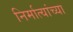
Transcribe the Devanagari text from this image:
निर्मात्यांच्या